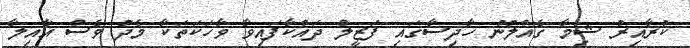
ކުރާއިރު ޝިމާ ގެއްލުނު ހާދިސާގައި ފަޒީލް ދައްކާފައިވާ ވާހަކަތަކާ މެދު ވެސް އާއިލާ